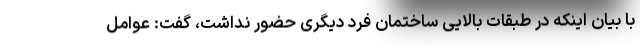
با بیان اینکه در طبقات بالایی ساختمان فرد دیگری حضور نداشت، گفت: عوامل